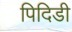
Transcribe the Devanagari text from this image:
पिदिडी